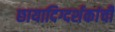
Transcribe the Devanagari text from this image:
छायादिग्दर्शकांची